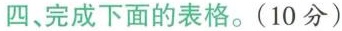
四、完成下面的表格。(10分)